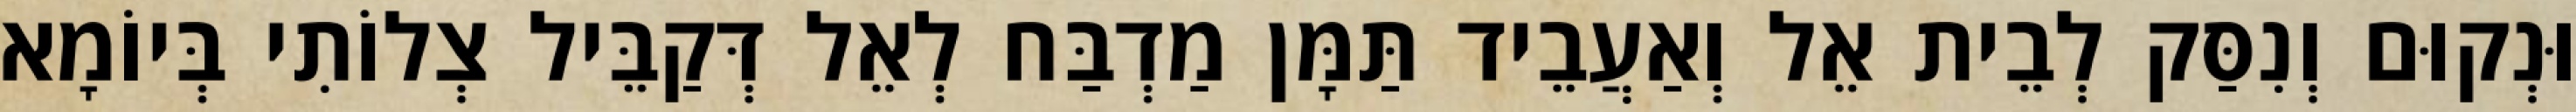
וּנְקוּם וְנִסַּק לְבֵית אֵל וְאַעֲבֵיד תַּמָּן מַדְבַּח לְאֵל דְּקַבֵּיל צְלוֹתִי בְּיוֹמָא